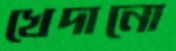
খেদানো